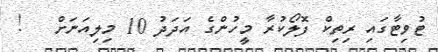
ޓުވިޓާގައި ރިތިކް ފޮލޯކުރާ މީހުންގެ އަދަދު 10 މިލިއަނަށް   !